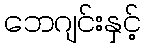
ဘေဂျင်းနှင့်